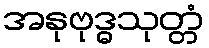
အနုဗုဒ္ဓသုတ္တံ